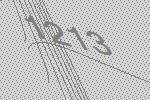
1213